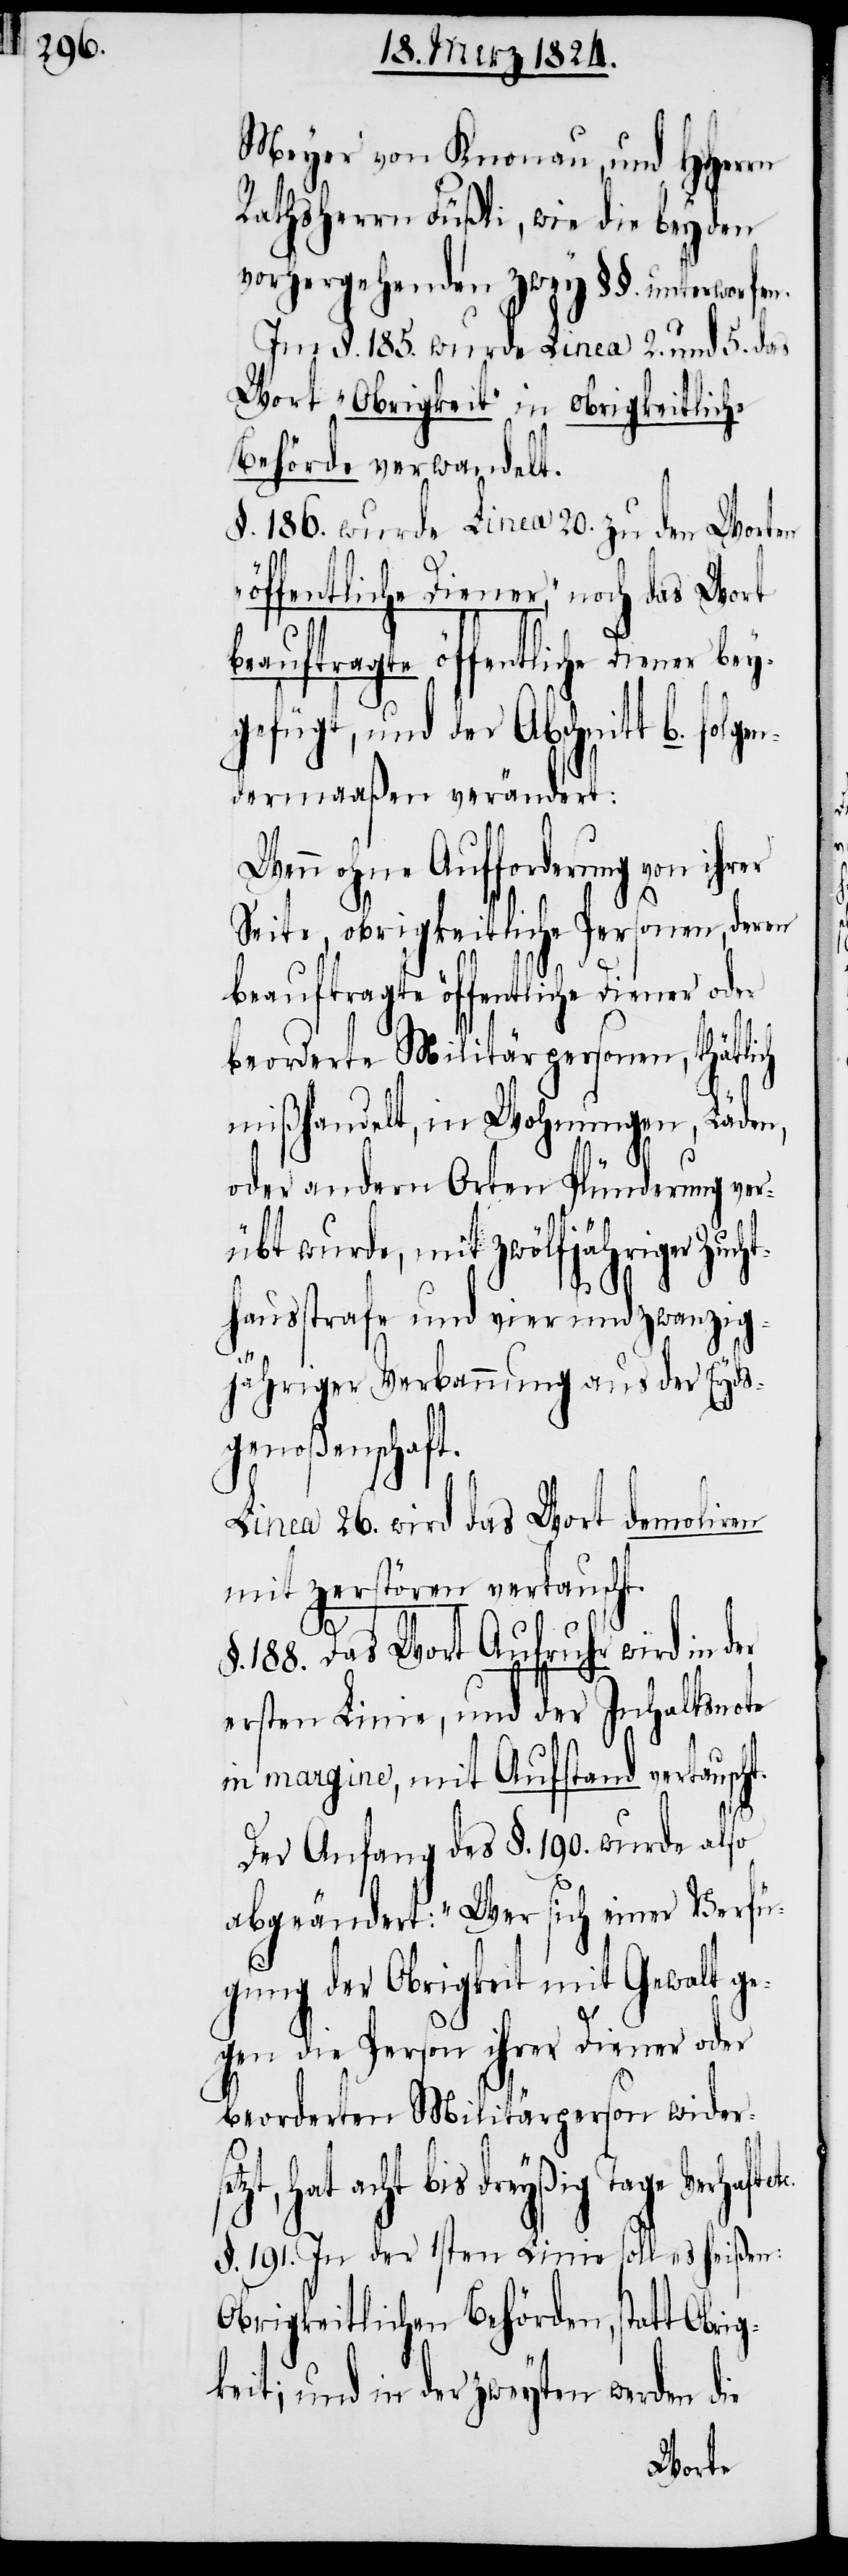
lgen¬

Meyer von Knonau, und HHerrn
Rathsherrn Füßli, wie die beyden
vorhergehenden zwey §§. unterworfen.
Im §. 185. wurde Linea 2. und 5. das
Wort „Obrigkeit“ in obrigkeitliche
Behörde verwandelt.
§. 186. wurde Linea 20. zu den Worten
„öffentliche Diener“, noch das Wort
gefügt, und der Abschnitt b.) fo¬
dermaaßen verändert:
Wenn ohne Aufforderung von
Seite, obrigkeitliche Personen, deren
beauftragte öffentliche Diener oder
beorderte Militärpersonen, thätlich
mißhandelt, in Wohnungen, Läden,
oder andern Orten Plünderung ver¬
übt wurde, mit zwölfjähriger Zuch¬
thausstrafe und vierundzwanzig¬
jähriger Verbannung aus der Eyds¬
genoßenschaft.
Linea 26. wird das Wort demoliren
mit zerstören vertauscht.
188. Das Wort Aufruhr wird in der
ersten Linie, und der Inhaltsnote
in margine, mit Aufstand vertauscht.
Der Anfang des §. 1980. wurde also
abgeändert: „Wer sich einer Verfü¬
gung der Obrigkeit mit Gewalt ge¬
gen die Person ihrer Diener oder
beorderten Militärperson wider¬
setzt, hat acht bis dreyßig
§. 191. In der 1sten Linie soll es heißen:
Obrigkeitlichen Behörden, statt Obri¬
gkeit; und in der zweyten werden die